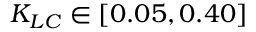
K _ { L C } \in [ 0 . 0 5 , 0 . 4 0 ]